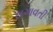
લગાવતી